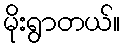
မိုးရွာတယ်။